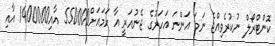
ކޮންޓްރޯލް ނުކުރެވިއްޖެ ނަމަ އަންނަ އަހަރުގެ ޖެނުއަރީ އާ ހަމައަށް550000 އާއި1400000 އާއި